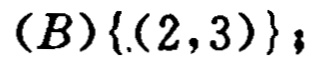
$(B)\{(2,3)\};$